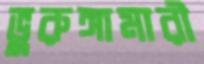
ভুরুঙ্গামারী